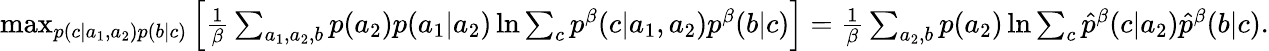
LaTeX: \begin{array}{r}{\operatorname*{max}_{p(c|a_{1},a_{2})p(b|c)}\left[{\frac{1}{\beta}\sum_{a_{1},a_{2},b}p(a_{2})p(a_{1}|a_{2})\ln{\sum_{c}p^{\beta}(c|a_{1},a_{2})p^{\beta}(b|c)}}\right]=\frac{1}{\beta}\sum_{a_{2},b}p(a_{2})\ln{\sum_{c}\hat{p}^{\beta}(c|a_{2})\hat{p}^{\beta}(b|c)}.}\end{array}